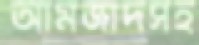
আমজাদসহ